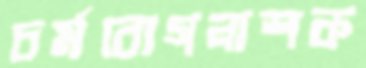
চর্মরোগনাশক